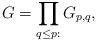
LaTeX: \begin{align*}G=\prod_{\substack{q\leq p:\\ }}G_{p,q},\end{align*}